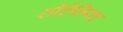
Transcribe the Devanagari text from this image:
शॉर्टलिस्ट